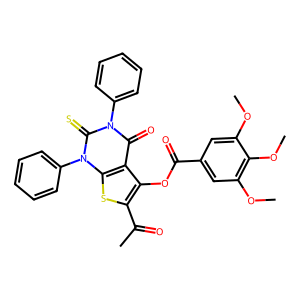
SMILES: COc1cc(C(=O)Oc2c(C(C)=O)sc3c2c(=O)n(-c2ccccc2)c(=S)n3-c2ccccc2)cc(OC)c1OC
Inhibits HIV replication: No